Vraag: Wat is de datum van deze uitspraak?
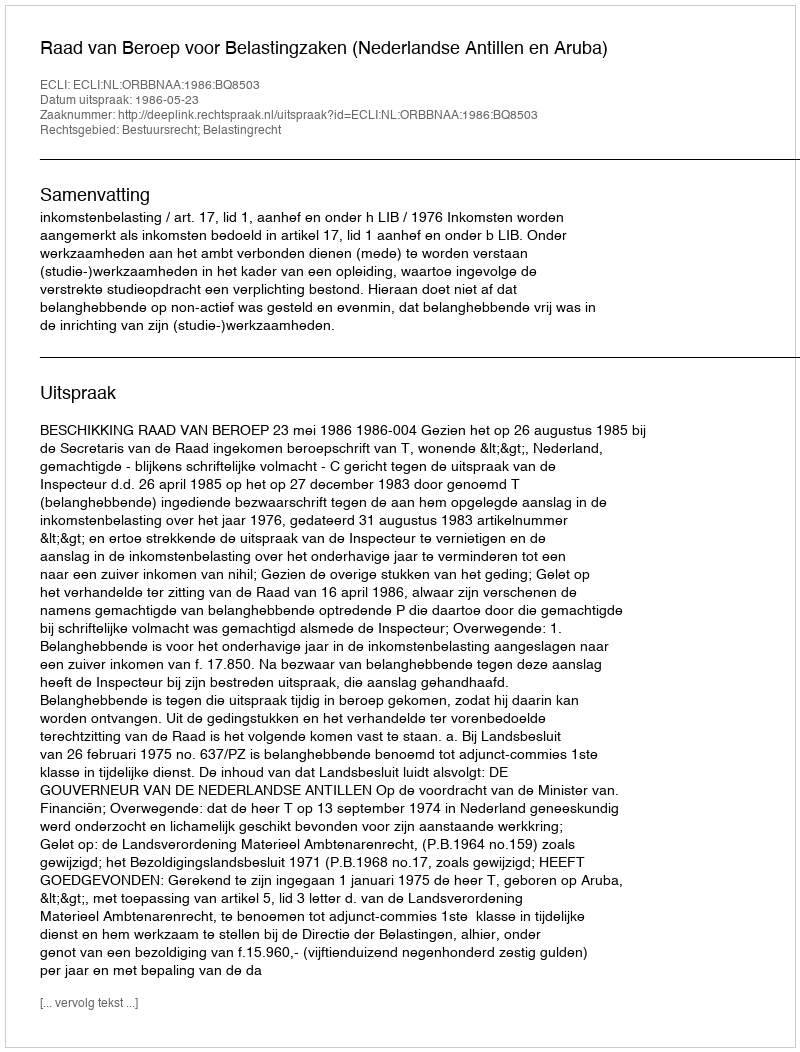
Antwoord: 1986-05-23